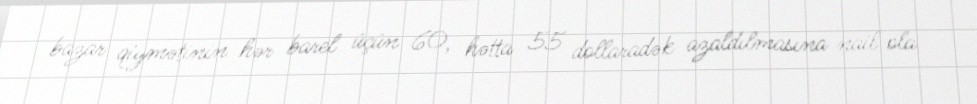
bazar qiymətinin hər barel üçün 60, hətta 55 dollaradək azaldılmasına nail ola